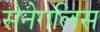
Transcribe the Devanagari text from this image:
सेनेगलिस